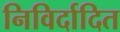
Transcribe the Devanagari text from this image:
निविर्दादित